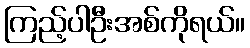
ကြည့်ပါဦးအစ်ကိုရယ်။